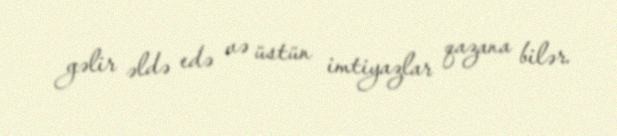
gəlir əldə edə və üstün imtiyazlar qazana bilər.